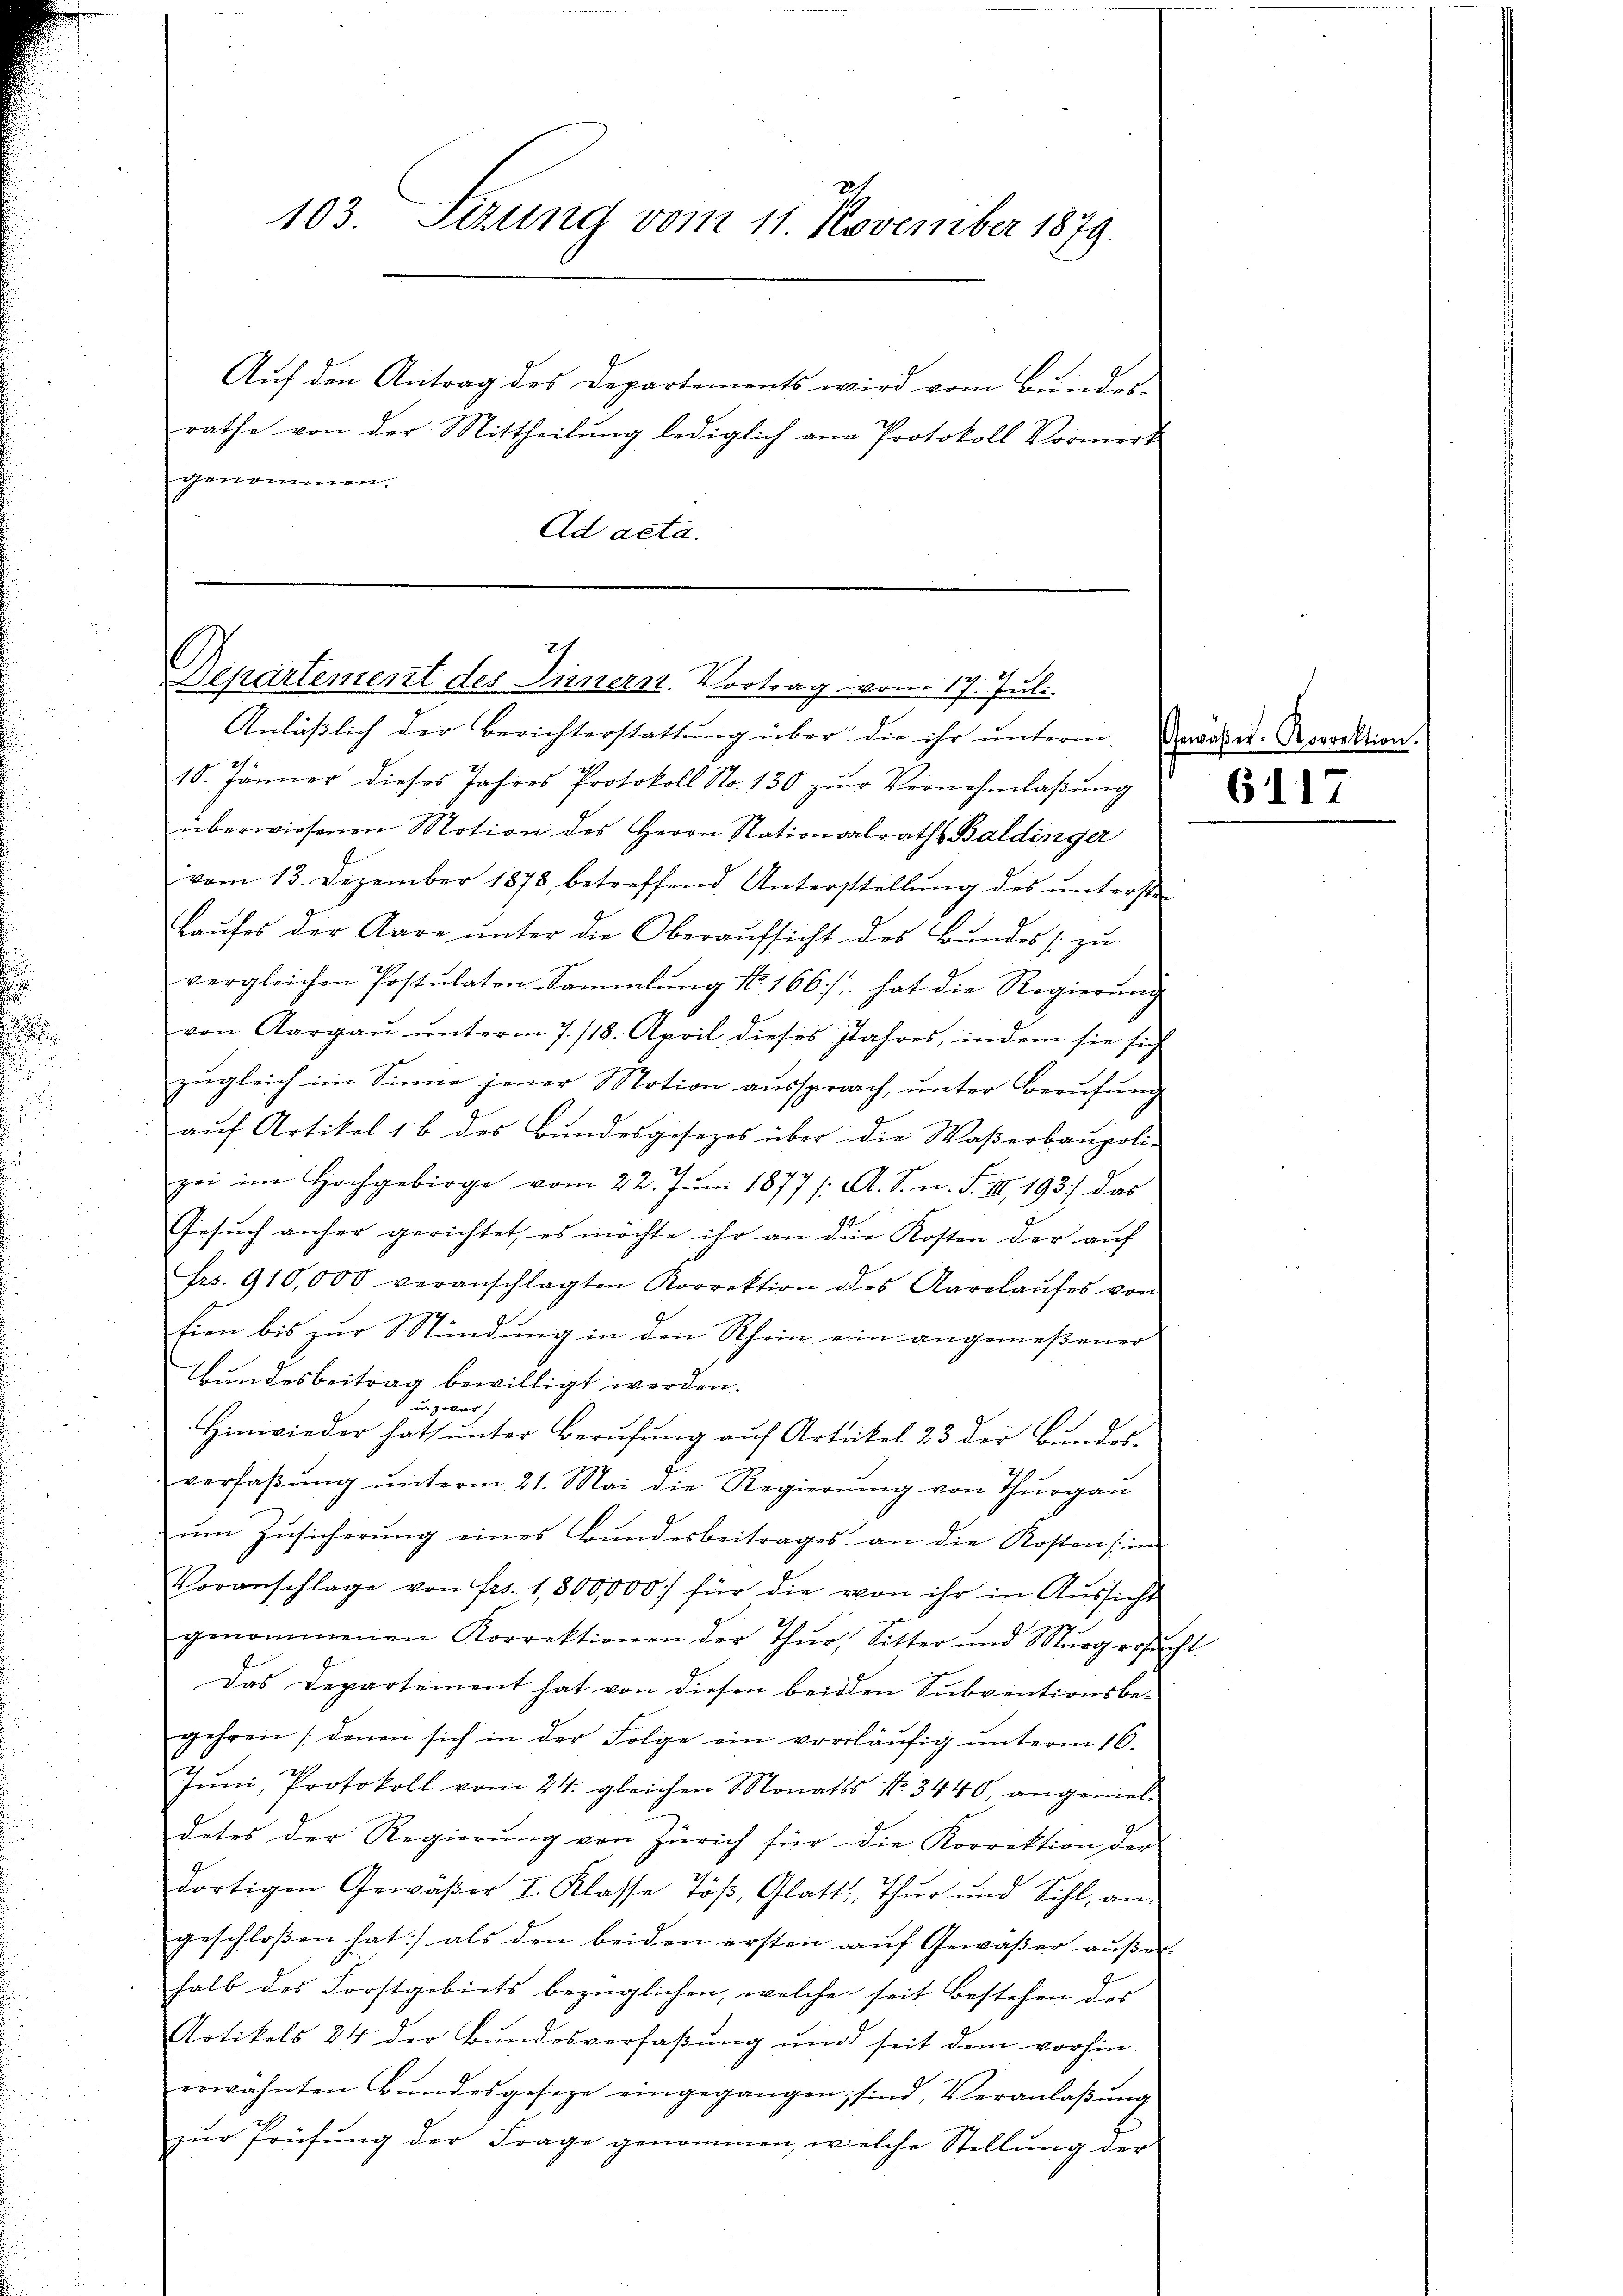
103. Sizung vom 11. November 1879.

genommen.
Ad acta.

Auf den Antrag des Departements wird vom Bundes-
rathe von der Mittheilŭng lediglich an Protokoll Vormerk

7
27. 27
Repartement des Innern. Vortrag vom 17. Juli.
Anlässlich der Berichterstattŭng über die ihr ŭnterm Gerades-Rorrektion.

18. Jänner dieses Jahres Protokoll Sto. 130 zŭr Vernehmlaβŭng
überwiesenen Motion des Herrn Stationalraths Baldinger
vom 13. Dezember 1878 betreffend Unterstellŭng des ŭntersten
Laufes der Aare ŭnter die Oberaŭfsicht des Bundes zu
vergleichen Postulaten-Sammlung No. 166 hat die Regierŭng
von Aargaŭ ŭnterm 7./18. April dieses Jahres, indem sie sich
zugleich im Sinne jener Motion aussprach, unter Berufung
auf Artikel 1 b des Bundesgesezes über die Waßerbaupoli-
zei im Hochgebirge vom 22. Jŭni 1877 /: A. S. n. F. III. 193) das
Gesŭch anher gerichtet, es möchte ihr an die Kosten der auf
frs. 910,000 veranschlagten Korrektion des Aarelaŭfes von
fien bis zur Stündung in den Rhein ein angemeßener
Bundesbeitrag bewilligt werden.
u. zwar
Hinwieder hat unter Berufung auf Artikel 23 der Bundes-
verfaβŭng ŭnterm 21. Mai die Regierŭng von Thŭrgaŭ
ŭm Zŭsicherŭng eines Bŭndesbeitrages an die Kostens im
Voranschlage von Frs. 1,300,000 für die von ihr in Aussicht
genommenen Korrektionen der Thŭr, Sitter und Mŭrg ersucht.
Das Departement hat von diesen beiden Subventionsbegehren (denen sich in der Folge ein vorläufig unterm 16.
Jŭni, Protokoll vom 24. gleichen Monats No. 3440, angenies-
detes der Regierŭng von Zürich für die Korrektion der
dortigen Gewäßer I. Klasse Töβ, Glatt, Thur und Sihl, an-
geschloßen hat:/ als den beiden ersten aŭf Gewäβer aŭβer-
halb des Forstgebiets bezüglichen, welche seit bestehen des |
Artikels 24 der Bŭndesverfaβŭng und seit dem vorhin-
erwähnten Bŭndesgeseze eingegangen, sind, Veranlaβŭng
zŭr Prüfŭng der Frage genommen, welche Stellŭng der

6117